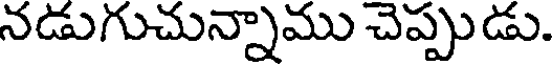
నడుగుచున్నాము చెప్పుడు.